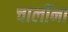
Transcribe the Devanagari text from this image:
चालींना